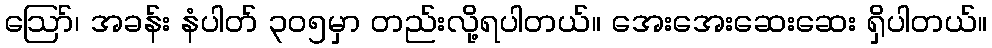
ဪ၊ အခန်း နံပါတ် ၃၀၅မှာ တည်းလို့ရပါတယ်။ အေးအေးဆေးဆေး ရှိပါတယ်။